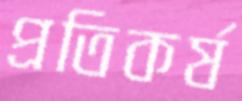
প্রতিকর্ষ